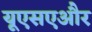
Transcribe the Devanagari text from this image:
यूएसएऔर